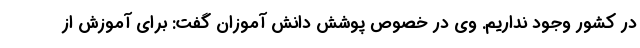
در کشور وجود نداریم. وی در خصوص پوشش دانش آموزان گفت: برای آموزش از